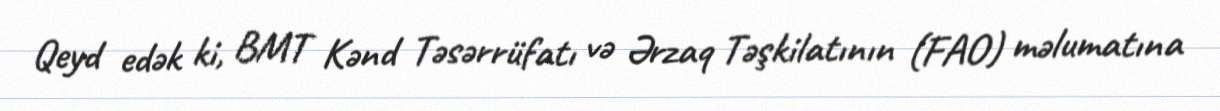
Qeyd edək ki, BMT Kənd Təsərrüfatı və Ərzaq Təşkilatının (FAO) məlumatına